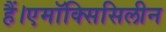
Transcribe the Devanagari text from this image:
हैं।एमॉक्सिसिलीन